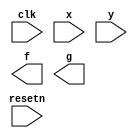
// Consider a finite state machine that is used to control some type of motor. The FSM has inputs x and y, which come from the motor, and produces outputs f and g, which control the motor. There is also a clock input called clk and a reset input called resetn.

// The FSM has to work as follows. As long as the reset input is asserted, the FSM stays in a beginning state, called state A. When the reset signal is de-asserted, then after the next clock edge the FSM has to set the output f to 1 for one clock cycle. Then, the FSM has to monitor the x input. When x has produced the values 1, 0, 1 in three successive clock cycles, then g should be set to 1 on the following clock cycle. While maintaining g = 1 the FSM has to monitor the y input. If y has the value 1 within at most two clock cycles, then the FSM should maintain g = 1 permanently (that is, until reset). But if y does not become 1 within two clock cycles, then the FSM should set g = 0 permanently (until reset).

// Implement the FSM

// Hint: The FSM does not begin to monitor the x input until the cycle after f is 1.

module top_module (
    input clk,
    input resetn,    // active-low synchronous reset
    input x,
    input y,
    output f,
    output g
); 

	// Insert your code here

endmodule